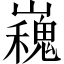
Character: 𭗪